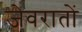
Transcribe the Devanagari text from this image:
जेवरातों